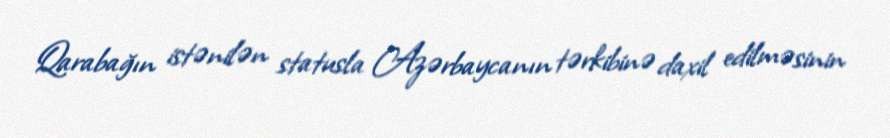
Qarabağın istənilən statusla Azərbaycanın tərkibinə daxil edilməsinin